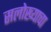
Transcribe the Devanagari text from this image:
सलोख्याचा